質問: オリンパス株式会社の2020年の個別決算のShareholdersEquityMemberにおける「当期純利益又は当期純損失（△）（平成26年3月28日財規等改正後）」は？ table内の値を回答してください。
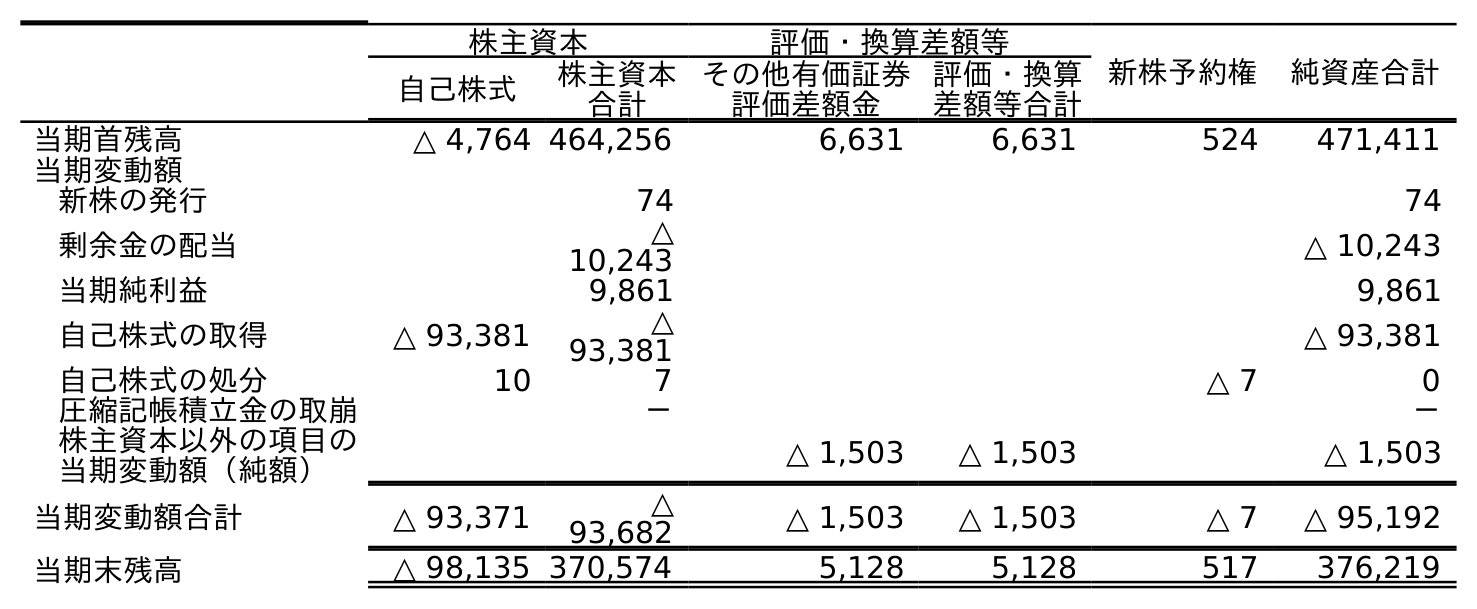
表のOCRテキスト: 株主資本 評価・換算差額等 新株予約権 純資産合計 自己株式 株主資本 合計 その他有価証券 評価差額金 評価・換算 差額等合計 当期首残高 △ 4,764 464,256 6,631 6,631 524 471,411 当期変動額 新株の発行 74 74 剰余金の配当 △ 10,243 △ 10,243 当期純利益 9,861 9,861 自己株式の取得 △ 93,381 △ 93,381 △ 93,381 自己株式の処分 10 7 △ 7 0 圧縮記帳積立金の取崩 － － 株主資本以外の項目の 当期変動額（純額） △ 1,503 △ 1,503 △ 1,503 当期変動額合計 △ 93,371 △ 93,682 △ 1,503 △ 1,503 △ 7 △ 95,192 当期末残高 △ 98,135 370,574 5,128 5,128 517 376,219
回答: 9,861